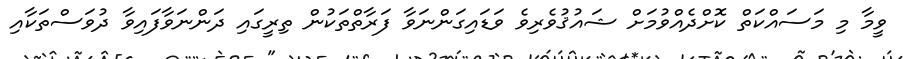
ވީމާ މި މަސައްކަތް ކޮށްދެއްވުމަށް ޝައުޤުވެރިވެ ވަޑައިގަންނަވާ ފަރާތްތަކުން ތިރީގައި ދަންނަވާފައިވާ ދުވަސްތަކާއި